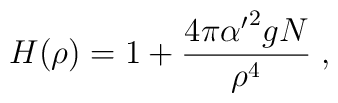
H(\rho) = 1 + {4 \pi {\alpha^\prime}^2 g N \over \rho^4} \; ,